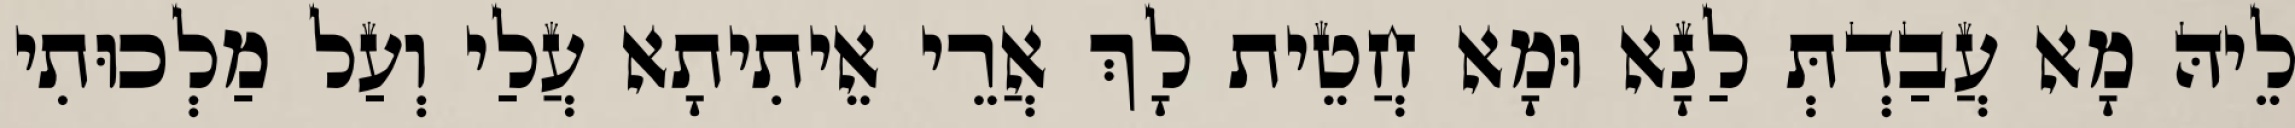
לֵיהּ מָא עֲבַדְתְּ לַנָא וּמָא חֲטֵית לָךְ אֲרֵי אֵיתִיתָא עֲלַי וְעַל מַלְכוּתִי